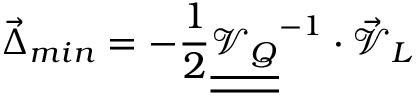
\vec { \Delta } _ { m i n } = - \frac { 1 } { 2 } \underline { { { \underline { { { \mathcal { V } _ { Q } } } } } } } ^ { - 1 } \cdot \vec { \mathcal { V } } _ { L }